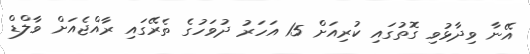
އޭނާ ވިދާޅުވި ގޮތުގައި ކުރިއަށް 15 އަހަރު ދުވަހުގެ ތެރޭގައި ރާއްޖެއަށް ވާލްޑް